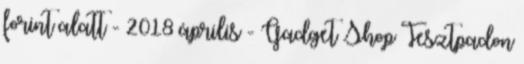
forint alatt - 2018 április - Gadget Shop Tesztpadon